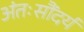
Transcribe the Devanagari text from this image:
अंतःसौंदर्य